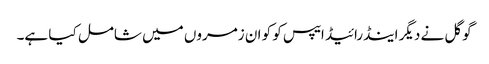
گوگل نے دیگر اینڈرائیڈ ایپس کو کو ان زمروں میں شامل کیا ہے۔